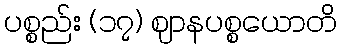
ပစ္စည်း (၁၇) ဈာနပစ္စယောတိ